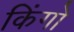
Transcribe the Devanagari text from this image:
किंगो